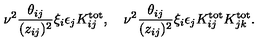
\nu ^ { 2 } { \frac { \theta _ { i j } } { ( z _ { i j } ) ^ { 2 } } } \xi _ { i } \epsilon _ { j } K _ { i j } ^ { \mathrm { t o t } } , \quad \nu ^ { 2 } { \frac { \theta _ { i j } } { ( z _ { i j } ) ^ { 2 } } } \xi _ { i } \epsilon _ { j } K _ { i j } ^ { \mathrm { t o t } } K _ { j k } ^ { \mathrm { t o t } } .